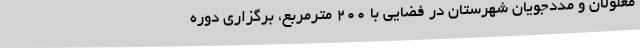
معلولان و مددجویان شهرستان در فضایی با 200 مترمربع، برگزاری دوره